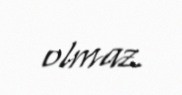
olmaz.